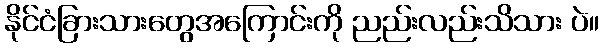
နိုင်ငံခြားသားတွေအကြောင်းကို ညည်းလည်းသိသား ပဲ။